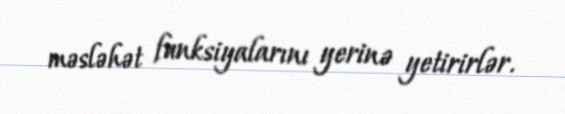
məsləhət funksiyalarını yerinə yetirirlər.